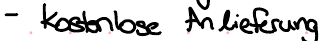
- kostenlose Anlieferung